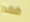
فقط